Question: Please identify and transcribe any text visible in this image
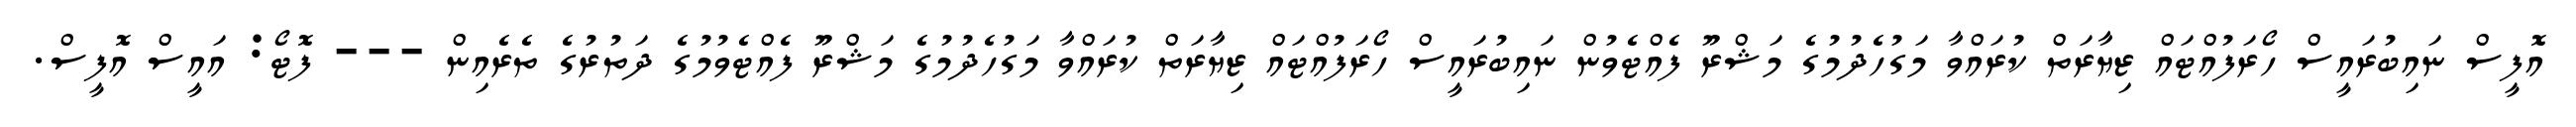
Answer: އޮފީސް ނައިބުރައީސް ހޯރަފުއްޓައް ޒިޔާރަތް ކުރައްވާ މަގުހެދުމުގެ މަޝްރޫ ފެއްޓެވުން ނައިބުރައީސް ހޯރަފުއްޓައް ޒިޔާރަތް ކުރައްވާ މަގުހެދުމުގެ މަޝްރޫ ފެއްޓެވުމުގެ ދަތުރުގެ ތެރެއިން --- ފޮޓޯ: އައީސް އޮފީސް.